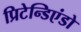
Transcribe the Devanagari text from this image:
प्रिटेन्डिएंडो